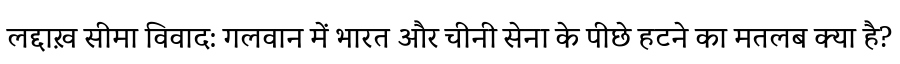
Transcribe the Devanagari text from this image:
लद्दाख़ सीमा विवाद: गलवान में भारत और चीनी सेना के पीछे हटने का मतलब क्या है?